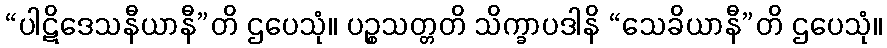
“ပါဋိဒေသနီယာနီ”တိ ဌပေသုံ။ ပဉ္စသတ္တတိ သိက္ခာပဒါနိ “သေခိယာနီ”တိ ဌပေသုံ။